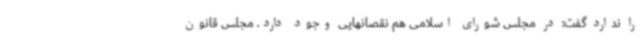
را ندارد گفت: در مجلس شورای اسلامی هم نقصانهایی وجود دارد. مجلس قانون